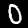
Digit: 0